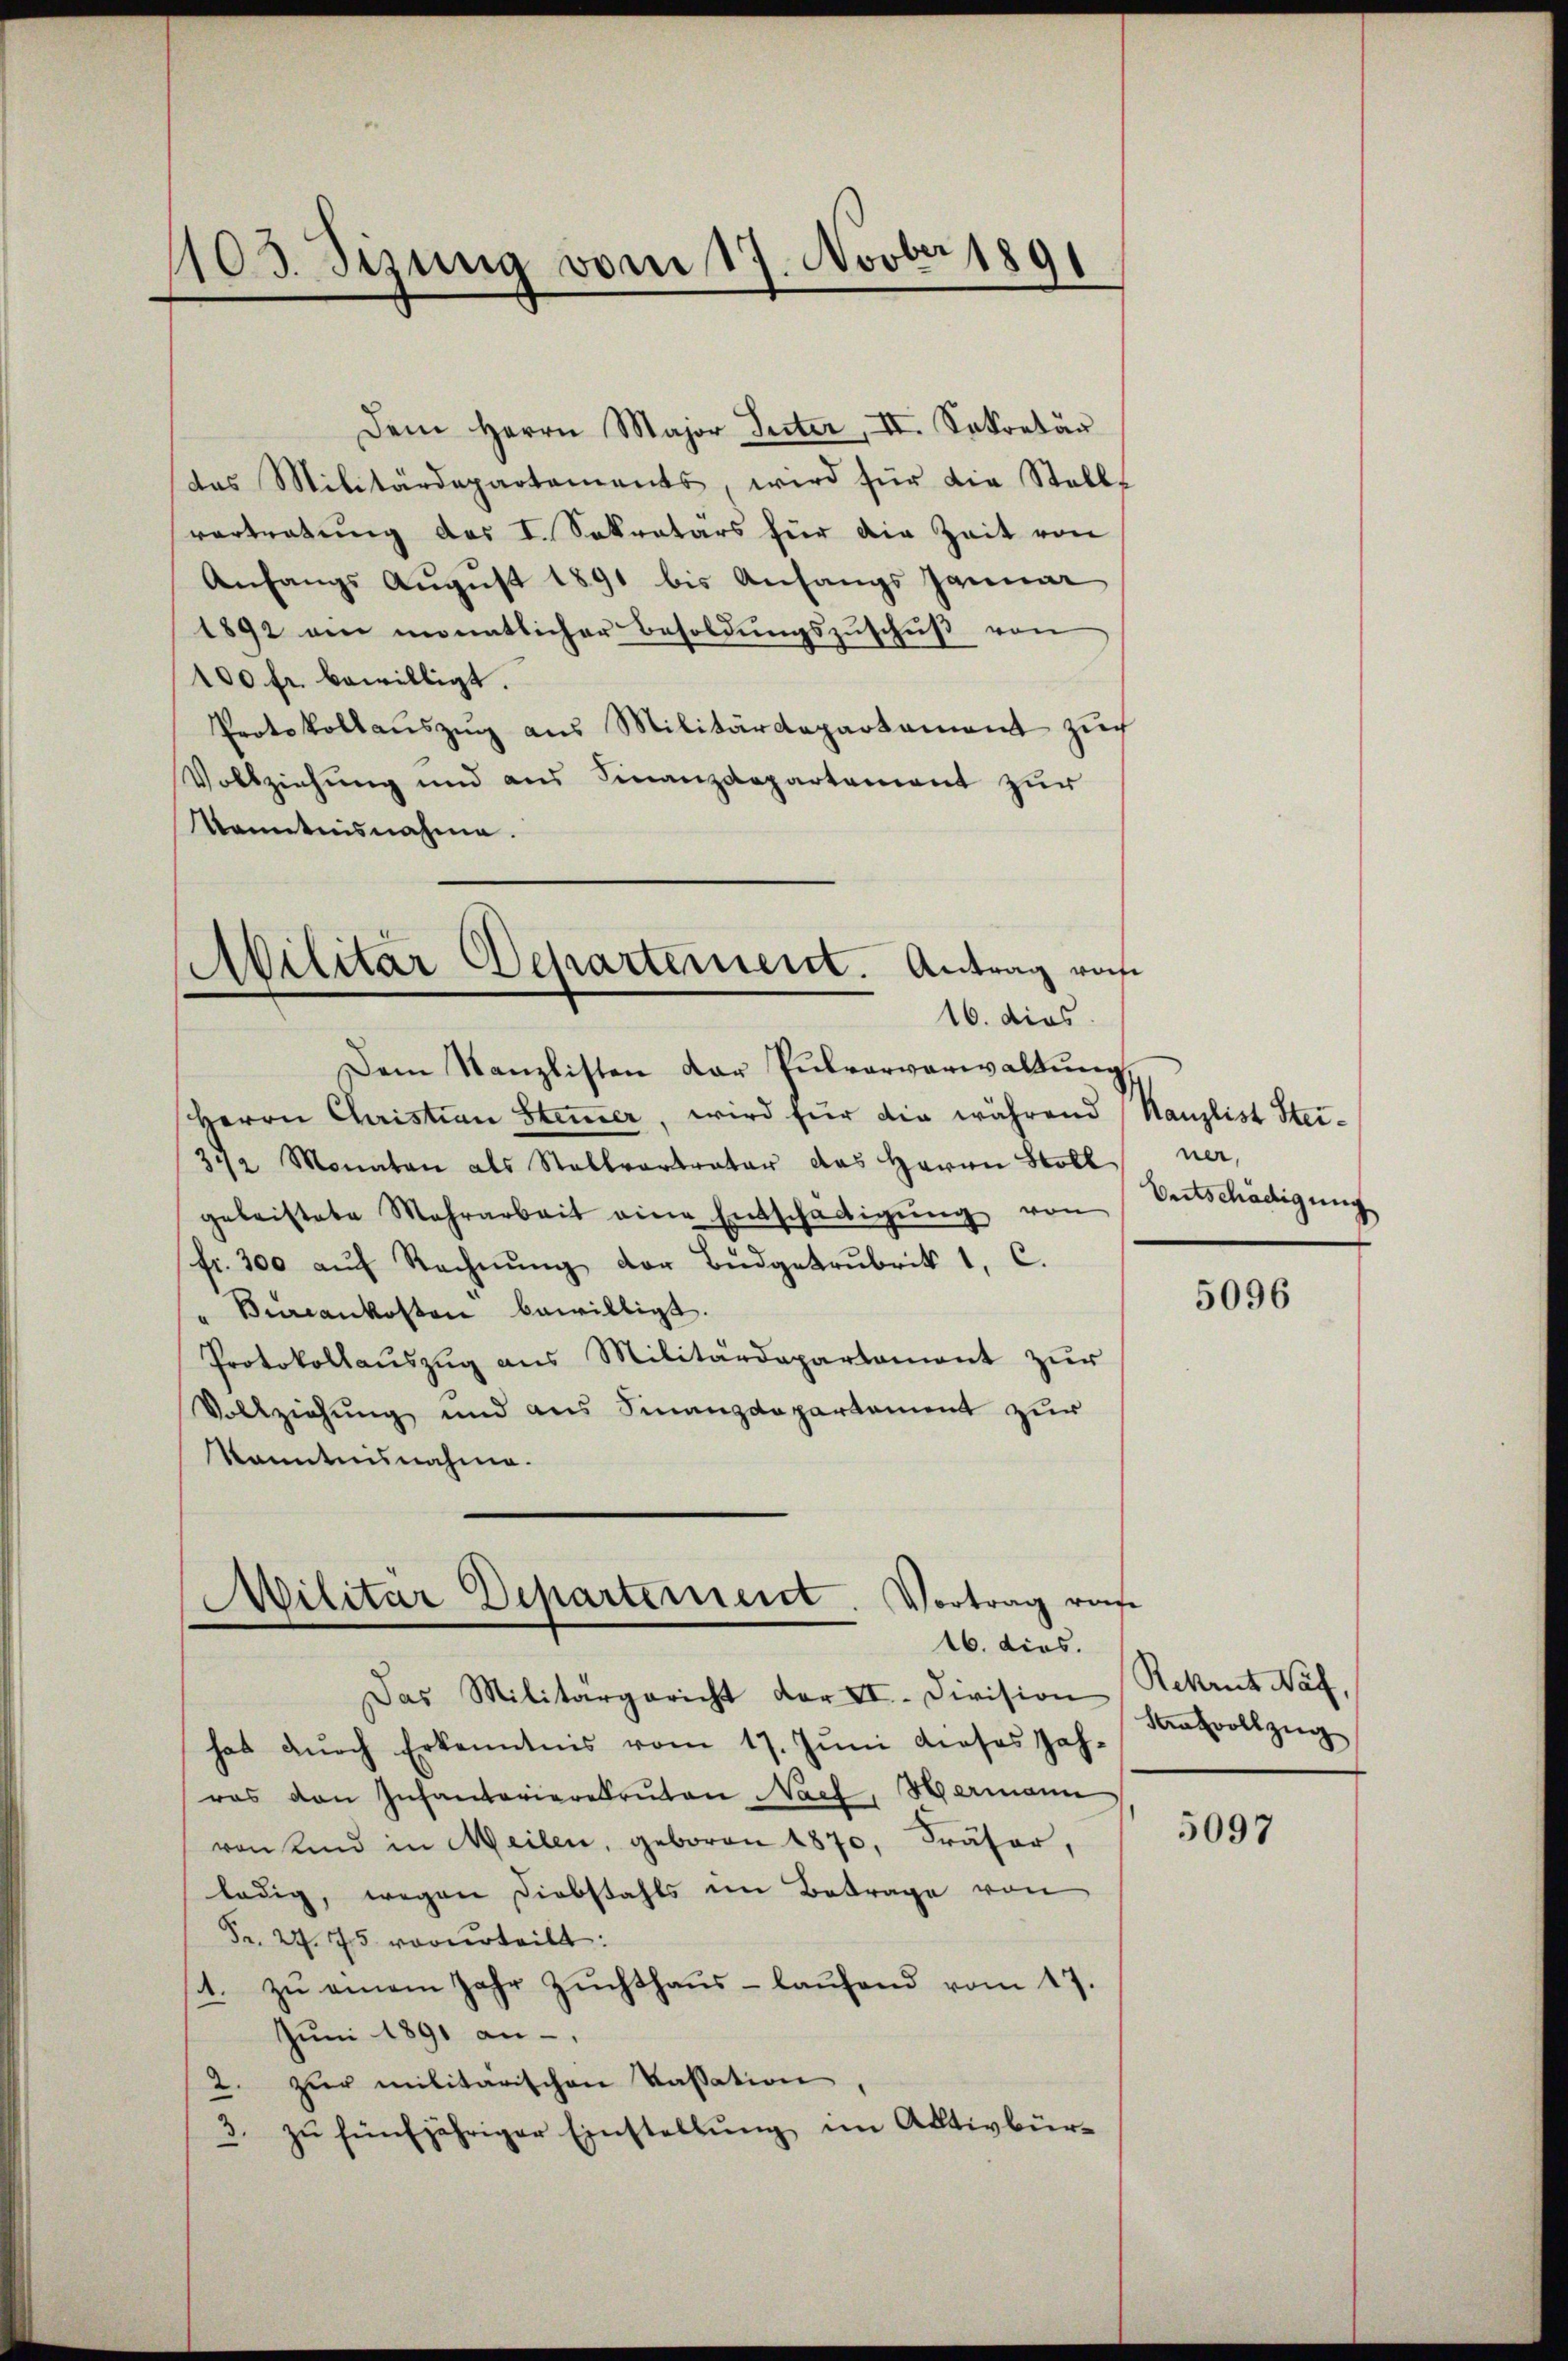
1891
103. Sizung vom 17. Novb.
1

Dem Herrn Major Seiter, II. Sekretär
das Militärdepartements, wird für die Stellt
vertratung des I. Sekretärs für die Zeit von
Anfangs August 1891 bis Anfangs Januar
1892 am monatlicher Besoldungszuschuß von
100 fr. bewilligt.
Protokollauszug aus Militärdepartament zuch
Vollziehung und aus Finanzdepartement zur
Kenntnisnahme.
bilitar Departement. Antrag von
16. dies
Dem Kanzlisten dar Pŭlvarverwaltŭngs
Herrn Christian Stimmer, wird für die während Kanzlist Stei¬
342 Monaten als Stallvertrater das Herrn Stoll
geleistete Mehrarbeit eine Entschädigŭng von
fr. 300 aŭf Rechnŭng der Budgetrubrik 1, C.
" Bircankosten bewilligt.
Protokollaŭszŭg ans Militärdepartament zŭr
Vollziehung und aus Finanzdepartement zur
kanntensnahme.

Vortrag ras
Militar Departement
16. dies.

Das Militärgericht der II. Division
hat dŭrch Erkenntnis vom 17. Juni dieses Jahras von Infanterierekruten Nach, Hermann
von und in Meilen, geboren 1870, Präser,
ledig, wegen Diebstahls im Betrage von
Fr. 27. 75 vorurteilt:
zŭ einem Jahr Zŭchthaŭs- laŭfend vom 17.
de.
Juni 1891 an
2. zur militarischen Kassation
zŭ fünfjähriger Einstellŭng im Aktivbür-
2

ner,
Entschädigung

5096

Rekrut Näf,
Sansvollzug

5097